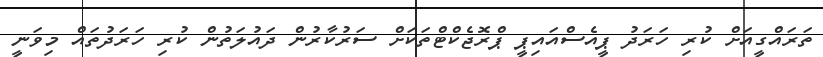
ތަރައްގީއަށް ކުރި ހަރަދު ޕީއެސްއައިޕީ ޕްރޮޖެކްޓްތަކަށް ސަރުކާރުން ދައުލަތުން ކުރި ހަރަދުތައް މިވަނީ